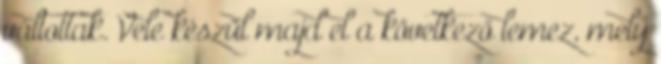
váltottak. Vele készül majd el a következő lemez, mely